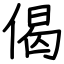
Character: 偈